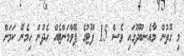
މި ގޮތުން މާއެނބޫދޫގައި ވެސް 15 ފޫޓުގެ ޕޭވްމަންޓެއް ހެދުން ހިމެނޭ ކަމަށް